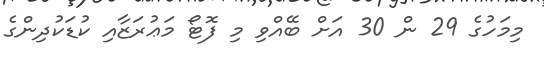
މިމަހުގެ 29 ން 30 އަށް ބޭއްވި މި ފޮޓޯ މަޢުރަޒާއި ކުޑަކުދިންގެ